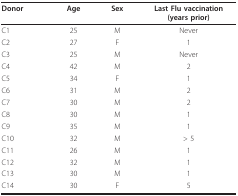
| Donor | Age | Sex | Last Flu vaccination(years prior) |
 | --- | --- | --- | --- |
 | C1 | 25 | M | Never |
 | C2 | 27 | F | 1 |
 | C3 | 25 | M | Never |
 | C4 | 42 | M | 2 |
 | C5 | 34 | F | 1 |
 | C6 | 31 | M | 2 |
 | C7 | 30 | M | 2 |
 | C8 | 30 | M | 1 |
 | C9 | 35 | M | 1 |
 | C10 | 32 | M | > 5 |
 | C11 | 26 | M | 1 |
 | C12 | 32 | M | 1 |
 | C13 | 30 | M | 1 |
 | C14 | 30 | F | 5 |